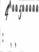
: